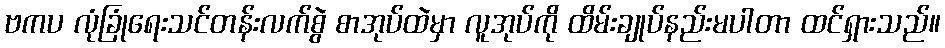
ဗကပ လုံခြုံရေးသင်တန်းလက်စွဲ စာအုပ်ထဲမှာ လူအုပ်ကို ထိမ်းချုပ်နည်းမပါတာ ထင်ရှားသည်။